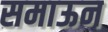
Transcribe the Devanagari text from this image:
समाऊन